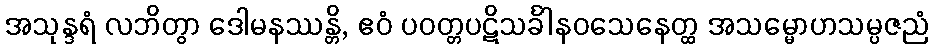
အသုန္ဒရံ လဘိတွာ ဒေါမနဿန္တိ, ဧဝံ ပဝတ္တပဋိသင်္ခါနဝသေနေတ္ထ အသမ္မောဟသမ္ပဇညံ